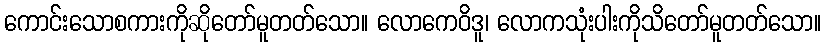
ကောင်းသောစကားကိုဆိုတော်မူတတ်သော။ လောကေဝိဒူ၊ လောကသုံးပါးကိုသိတော်မူတတ်သော။